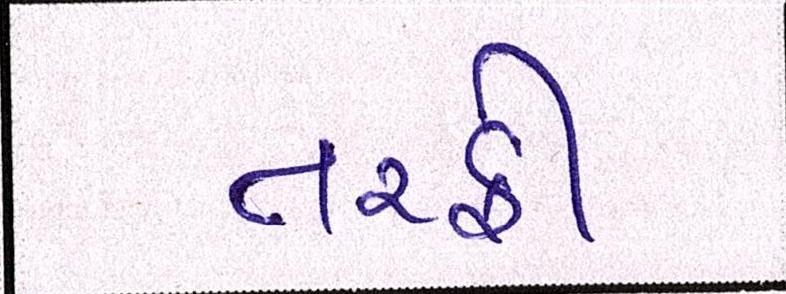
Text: તરફી